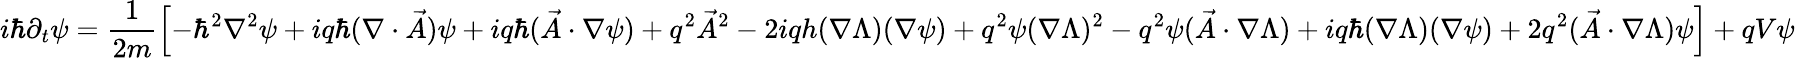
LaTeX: i\hbar\partial_{t}\psi=\frac{1}{2m}\left[-\hbar^{2}\nabla^{2}\psi+iq\hbar(\nabla\cdot\vec{A})\psi+iq\hbar(\vec{A}\cdot\nabla\psi)+q^{2}\vec{A}^{2}-2iqh(\nabla\Lambda)(\nabla\psi)+q^{2}\psi(\nabla\Lambda)^{2}-q^{2}\psi(\vec{A}\cdot\nabla\Lambda)+iq\hbar(\nabla\Lambda)(\nabla\psi)+2q^{2}(\vec{A}\cdot\nabla\Lambda)\psi\right]+qV\psi